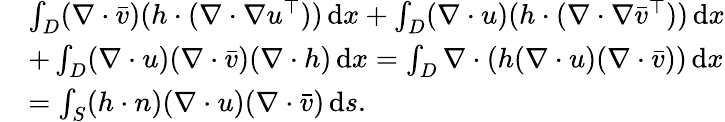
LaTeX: \begin{array}{rl}&{\int_{D}(\nabla\cdot\bar{v})(h\cdot(\nabla\cdot\nabla u^{\top}))\, \mathrm{d}x+\int_{D}(\nabla\cdot u)(h\cdot(\nabla\cdot\nabla\bar{v}^{\top}))\, \mathrm{d}x}\\ &{+\int_{D}(\nabla\cdot u)(\nabla\cdot\bar{v})(\nabla\cdot h)\, \mathrm{d}x=\int_{D}\nabla\cdot(h(\nabla\cdot u)(\nabla\cdot\bar{v}))\, \mathrm{d}x}\\ &{=\int_{S}(h\cdot n)(\nabla\cdot u)(\nabla\cdot\bar{v})\, \mathrm{d}s.}\end{array}